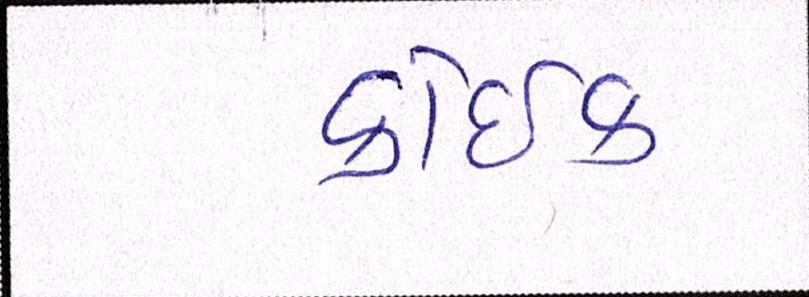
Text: કોઈક